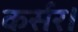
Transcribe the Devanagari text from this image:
कर्सर।